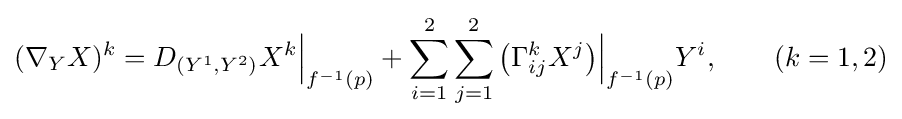
(\nabla _{Y}X)^{k}=D_{(Y^{1},Y^{2})}X^{k}{\Big |}_{f^{-1}(p)}+\sum _{i=1}^{2}\sum _{j=1}^{2}{\big (}\Gamma _{ij}^{k}X^{j}{\big )}{\Big |}_{f^{-1}(p)}Y^{i},\qquad (k=1,2)